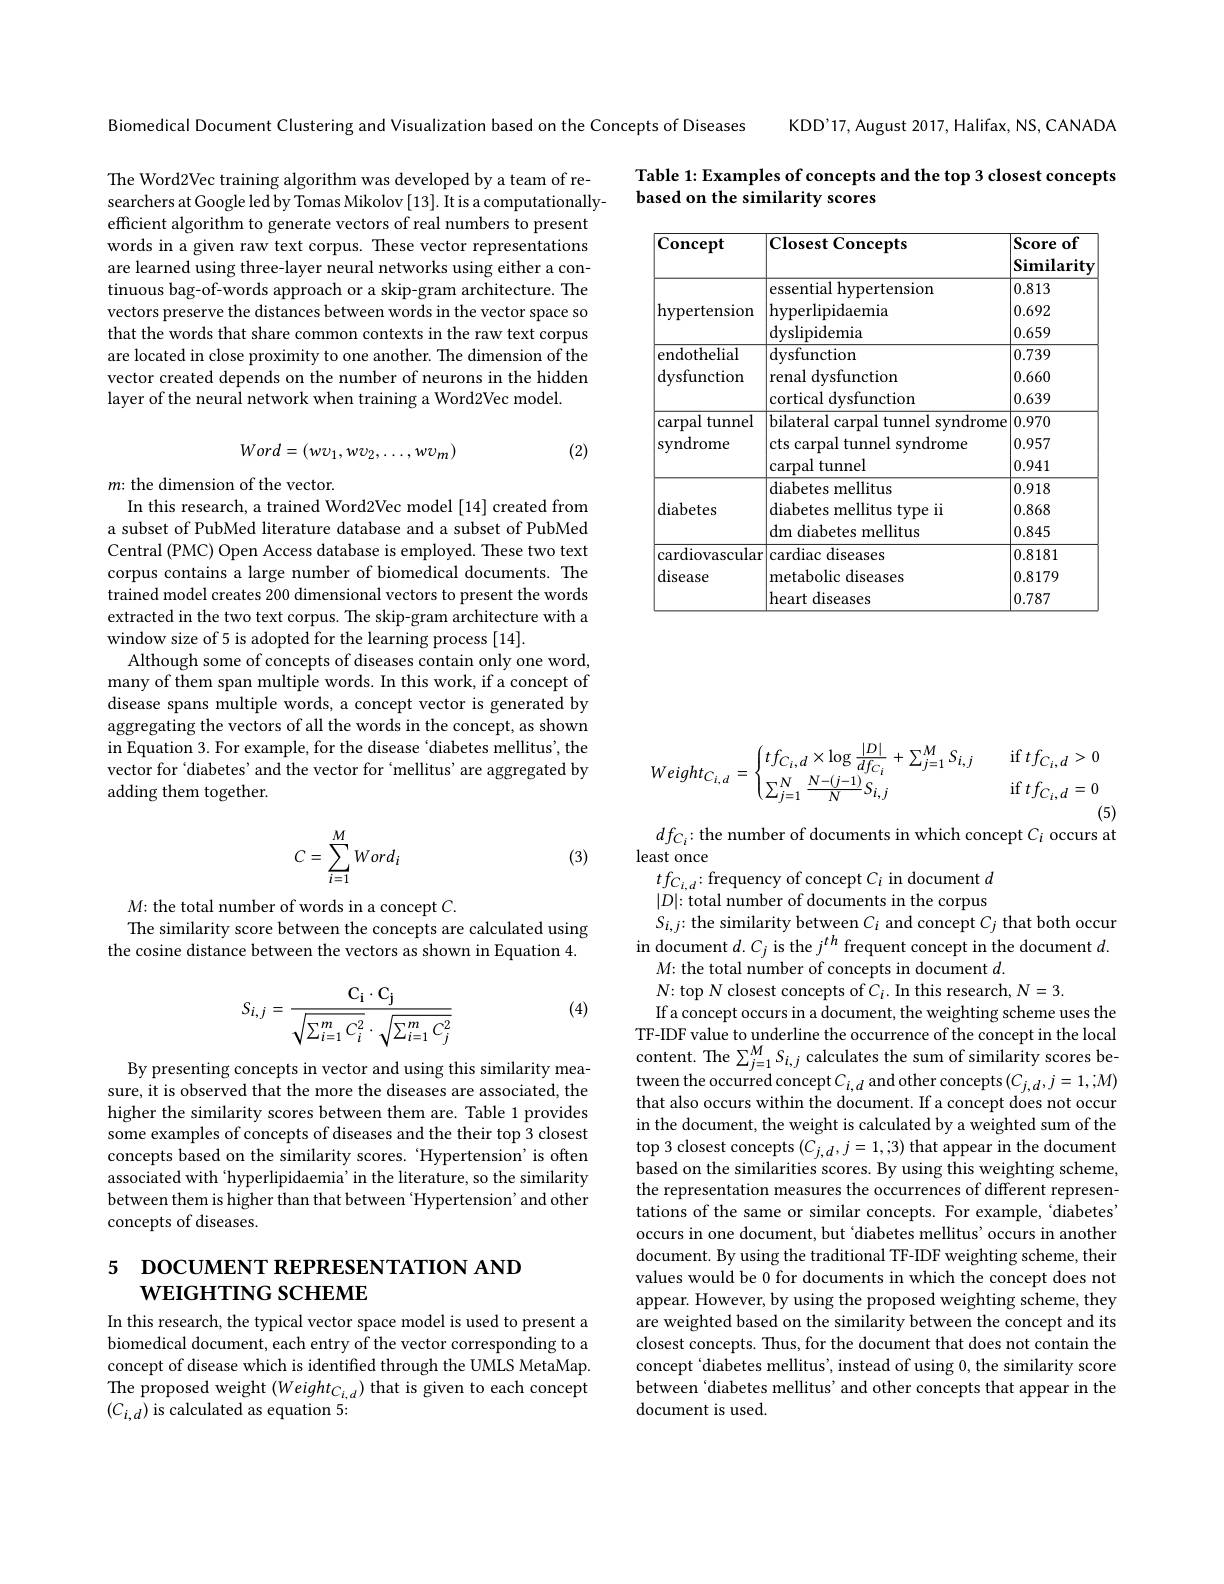
KDD'17, August 2017, Halifax, NS, CANADA

Biomedical Document Clustering and Visualization based on the Concepts of Diseases

Table 1: Examples of concepts and the top 3 closest concepts
based on the similarity scores

The Word2Vec training algorithm was developed by a team of researchers at Google led by Tomas Mikolov [13]. It is a computationallyefficient algorithm to generate vectors of real numbers to present words in a given raw text corpus. These vector representations are learned using three-layer neural networks using either a continuous bag-of-words approach or a skip-gram architecture. The vectors preserve the distances between words in the vector space so that the words that share common contexts in the raw text corpus are located in close proximity to one another. The dimension of the vector created depends on the number of neurons in the hidden layer of the neural network when training a Word2Vec model.

<table>
	<tbody>
		<tr>
			<th>$\mathbf{Concept}$</th>
			<th>Closest Concepts</th>
			<th>Score $0\mathbf{f}$ Similarity</th>
		</tr>
		<tr>
			<td rowspan="4">hypertension</td>
			<td>essential hypertension</td>
			<td>0.813</td>
		</tr>
		<tr>
			<td>essential hypertension hyperlipidaemia dyslipidemia</td>
			<td>0.813 0.692 0.659</td>
		</tr>
		<tr>
			<td>hyperlipidaemia</td>
			<td>0.692</td>
		</tr>
		<tr>
			<td>dyslipidemia</td>
			<td>0.659</td>
		</tr>
		<tr>
			<td rowspan="3">endothelial dysfunction</td>
			<td>dysfunction</td>
			<td>0.739</td>
		</tr>
		<tr>
			<td>renal dysfunction</td>
			<td>0.660</td>
		</tr>
		<tr>
			<td>cortical dysfunction</td>
			<td>0.639</td>
		</tr>
		<tr>
			<td rowspan="3">tunnel $\operatorname{carpal}$ syndrome</td>
			<td>bilateral carpal tunnel syndrome</td>
			<td>0.970</td>
		</tr>
		<tr>
			<td>cts carpal tunnel syndrome</td>
			<td>0.957</td>
		</tr>
		<tr>
			<td>carpal tunnel</td>
			<td>0.941</td>
		</tr>
		<tr>
			<td rowspan="3">diabetes</td>
			<td>diabetes mellitus</td>
			<td>0.918</td>
		</tr>
		<tr>
			<td>diabetes mellitus type ii</td>
			<td>0.868</td>
		</tr>
		<tr>
			<td>dm diabetes mellitus</td>
			<td>0.845</td>
		</tr>
		<tr>
			<td rowspan="4">cardiovascular disease</td>
			<td>$\operatorname{cardiac}$ diseases</td>
			<td>0.8181</td>
		</tr>
		<tr>
			<td>cardiac diseases metabolic diseases heart diseases</td>
			<td>0.8181 0.8179 0.787</td>
		</tr>
		<tr>
			<td>metabolic diseases</td>
			<td>0.8179</td>
		</tr>
		<tr>
			<td>heart diseases</td>
			<td>0.787</td>
		</tr>
	</tbody>
</table>

(2)
$$Word=(wv_{1},wv_{2},\ldots,wv_{m})$$
$m{:\text{the dimension of the vector.}}$
In this research, a trained Word2Vec model [14] created from

a subset of PubMed literature database and a subset of PubMed Central (PMC) Open Access database is employed. These two text corpus contains a large number of biomedical documents. The trained model creates 200 dimensional vectors to present the words extracted in the two text corpus. The skip-gram architecture with a window size of 5 is adopted for the learning process [14].
Although some of concepts of diseases contain only one word, many of them span multiple words. In this work, if a concept of disease spans multiple words, a concept vector is generated by aggregating the vectors of all the words in the concept, as shown in Equation 3. For example, for the disease‘diabetes mellitus', the vector for ‘diabetes’and the vector for‘mellitus’are aggregated by adding them together.
$$Weight_{C_{i,d}}=\begin{cases}tf_{C_i,d}\times\log\frac{|D|}{df_{C_i}}+\sum_{j=1}^MS_{i,j}&\quad\mathrm{if}\:tf_{C_i,d}>0\\\sum_{j=1}^N\frac{N-(j-1)}{N}S_{i,j}&\quad\mathrm{if}\:tf_{C_i,d}=0\end{cases}$$
(5)
$df_{C_i}{:\text{the number of documents in which concept }C_i}$ occurs at

least once
$tf_{C_{i,d}}:$frequency of concept $C_i$ in document $d$
$$C=\sum_{i=1}^MWord_i$$
(3)

$M{:\text{the total number of words in a concept }C}.$
The similarity score between the concepts are calculated using the cosine distance between the vectors as shown in Equation 4.

(4)
$$S_{i,j}=\frac{\mathrm{C_i}\cdot\mathrm{C_j}}{\sqrt{\sum_{i=1}^mC_i^2}\cdot\sqrt{\sum_{i=1}^mC_j^2}}$$
By presenting concepts in vector and using this similarity measure, it is observed that the more the diseases are associated, the higher the similarity scores between them are. Table 1 provides some examples of concepts of diseases and the their top 3 closest concepts based on the similarity scores. 'Hypertension’is often associated with ‘hyperlipidaemia’in the literature, so the similarity between them is higher than that between 'Hypertension' and other concepts of diseases.

$|D|$: total number of documents in the corpus
$S_{i,j}{:\text{the similarity between}C_{i}\text{ and concept }C_{j}\text{ that both occur}}$ in document $d.C_j$ is the $j^{th}$ frequent concept in the document $d.$
$M{:}$ the total number of concepts in document $d.$
$N{:}$ top N closest concepts of $C_i.$ In this research, $N=3.$
If a concept occurs in a document, the weighting scheme uses the TF-IDF value to underline the occurrence of the concept in the local content. The $\sum_j=1^{M}S_{i,j}$ calculates the sum of similarity scores between the occurred concept$C_{i, d}$ and other concepts$( C_{j, d}, j= 1, ; M)$ that also occurs within the document. If a concept does not occur in the document, the weight is calculated by a weighted sum of the top 3 closest concepts $(C_{j,d},j=1,;3)$ that appear in the document based on the similarities scores. By using this weighting scheme, the representation measures the occurrences of different representations of the same or similar concepts. For example, 'diabetes' occurs in one document, but ‘diabetes mellitus’occurs in another document. By using the traditional TF-IDF weighting scheme, their values would be 0 for documents in which the concept does not appear. However, by using the proposed weighting scheme, they are weighted based on the similarity between the concept and its closest concepts. Thus, for the document that does not contain the concept 'diabetes mellitus', instead of using 0, the similarity score between‘diabetes mellitus’ and other concepts that appear in the document is used.

# 5 DOCUMENT REPRESENTATION AND WEIGHTING SCHEME

In this research, the typical vector space model is used to present a biomedical document, each entry of the vector corresponding to a concept of disease which is identified through the UMLS MetaMap. The proposed weight $(Weight_{C_{i,d}})$ that is given to each concept $(C_{i,d})$ is calculated as equation 5: